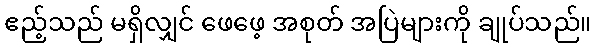
ဧည့်သည် မရှိလျှင် ဖေဖေ့ အစုတ် အပြဲများကို ချုပ်သည်။